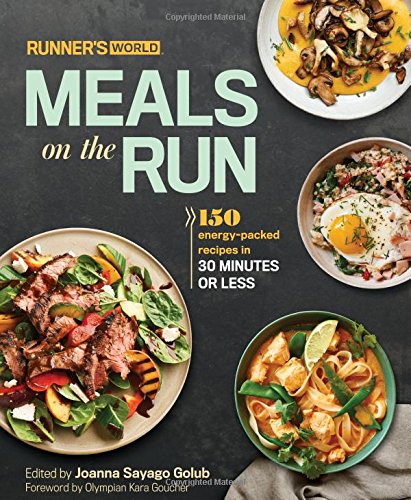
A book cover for Runner's World Meals on the Run: 150 energy-packed recipes in 30 minutes or less; Joanna Sayago Golub; Cookbooks, Food & Wine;